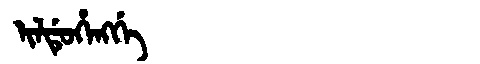
Manchu: ᡳᠯᡩᡠᡥᡝᠩᡤᡝ
Romanization: ILDUHENGGE